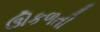
ઊકળતી